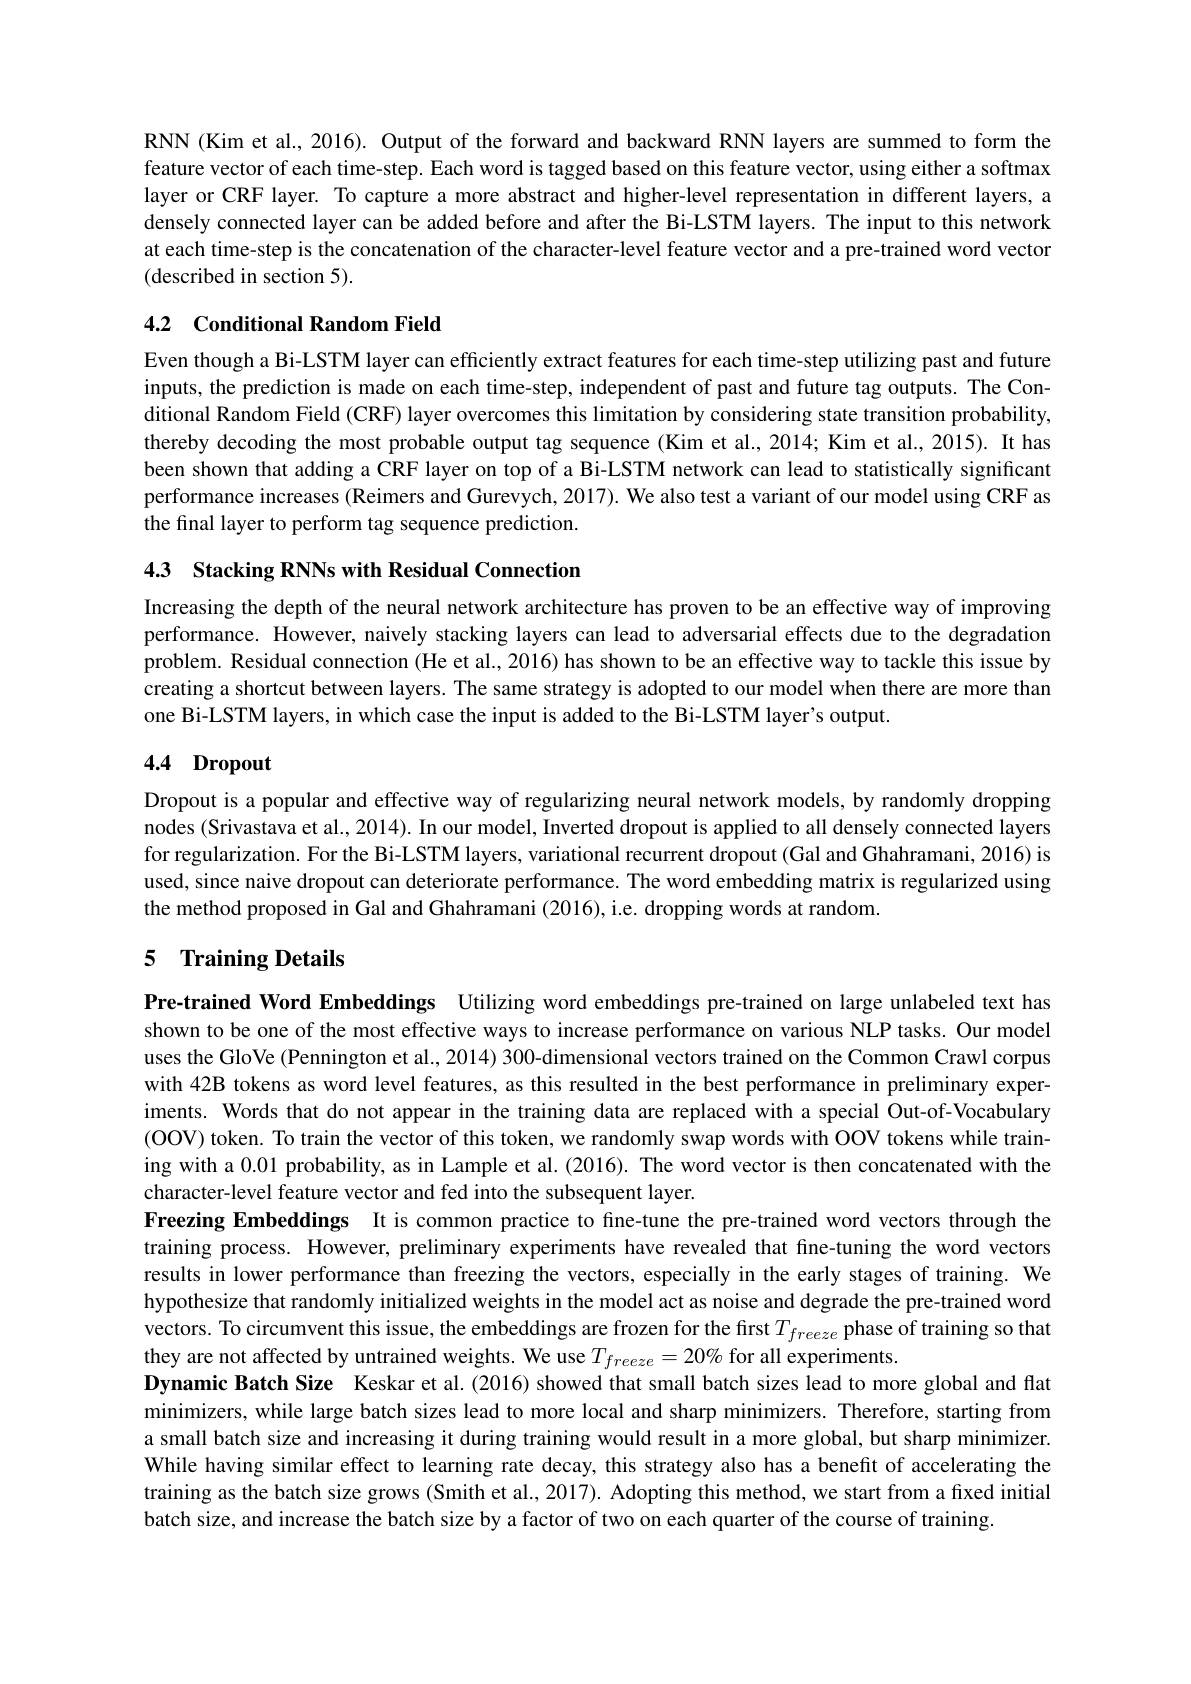
RNN (Kim et al., 2016). Output of the forward and backward RNN layers are summed to form the feature vector of each time-step. Each word is tagged based on this feature vector, using either a softmax layer or CRF layer. To capture a more abstract and higher-level representation in different layers, a densely connected layer can be added before and after the Bi-LSTM layers. The input to this network at each time-step is the concatenation of the character-level feature vector and a pre-trained word vector (described in section 5).

## 4.2 Conditional Random Field

Even though a Bi-LSTM layer can efficiently extract features for each time-step utilizing past and future inputs, the prediction is made on each time-step, independent of past and future tag outputs. The Conditional Random Field (CRF) layer overcomes this limitation by considering state transition probability, thereby decoding the most probable output tag sequence (Kim et al., 2014; Kim et al., 2015). It has been shown that adding a CRF layer on top of a Bi-LSTM network can lead to statistically significant performance increases (Reimers and Gurevych, 2017). We also test a variant of our model using CRF as the final layer to perform tag sequence prediction.

4.3 Stacking RNNs with Residual Connection

Increasing the depth of the neural network architecture has proven to be an effective way of improving performance. However, naively stacking layers can lead to adversarial effects due to the degradation problem. Residual connection (He et al., 2016) has shown to be an effective way to tackle this issue by creating a shortcut between layers. The same strategy is adopted to our model when there are more than one Bi-LSTM layers, in which case the input is added to the Bi-LSTM layer's output.

## 4.4 Dropout

Dropout is a popular and effective way of regularizing neural network models, by randomly dropping nodes (Srivastava et al., 2014). In our model, Inverted dropout is applied to all densely connected layers for regularization. For the Bi-LSTM layers, variational recurrent dropout (Gal and Ghahramani, 2016) is used, since naive dropout can deteriorate performance. The word embedding matrix is regularized using the method proposed in Gal and Ghahramani (2016), i.e. dropping words at random.

## 5 Training Details

Pre-trained Word Embeddings Utilizing word embeddings pre-trained on large unlabeled text has

shown to be one of the most effective ways to increase performance on various NLP tasks. Our model uses the GloVe (Pennington et al., 2014) 300-dimensional vectors trained on the Common Crawl corpus with 42B tokens as word level features, as this resulted in the best performance in preliminary experiments. Words that do not appear in the training data are replaced with a special Out-of-Vocabulary (OOV) token. To train the vector of this token, we randomly swap words with OOV tokens while training with a 0.01 probability, as in Lample et al.(2016). The word vector is then concatenated with the character-level feature vector and fed into the subsequent layer.
Freezing Embeddings It is common practice to fine-tune the pre-trained word vectors through the training process. However, preliminary experiments have revealed that fine-tuning the word vectors results in lower performance than freezing the vectors, especially in the early stages of training. We hypothesize that randomly initialized weights in the model act as noise and degrade the pre-trained word vectors. To circumvent this issue, the embeddings are frozen for the first $T_{freeze}$ phase of training so that they are not affected by untrained weights. We use $T_{freeze}=20\%$ for all experiments.
Dynamic Batch Size Keskar et al.(2016) showed that small batch sizes lead to more global and flat minimizers, while large batch sizes lead to more local and sharp minimizers. Therefore, starting from a small batch size and increasing it during training would result in a more global, but sharp minimizer. While having similar effect to learning rate decay, this strategy also has a benefit of accelerating the training as the batch size grows (Smith et al., 2017). Adopting this method, we start from a fixed initial batch size, and increase the batch size by a factor of two on each quarter of the course of training.